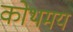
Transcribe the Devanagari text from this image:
कोथमय